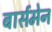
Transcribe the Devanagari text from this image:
बार्समेन